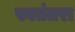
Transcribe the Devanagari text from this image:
स्वतंतरा